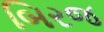
બિરજ